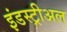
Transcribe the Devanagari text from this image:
इंडस्ट्रीअल